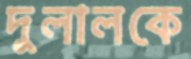
দুলালকে